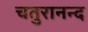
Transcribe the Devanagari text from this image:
चतुरानन्द